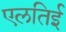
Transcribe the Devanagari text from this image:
एलतिई